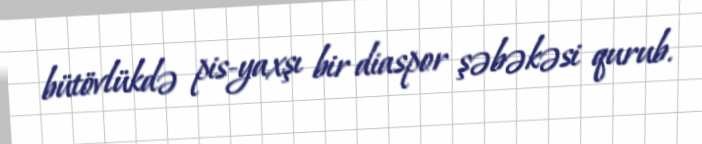
bütövlükdə pis-yaxşı bir diaspor şəbəkəsi qurub.